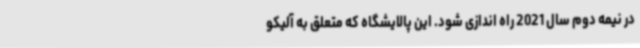
در نیمه دوم سال 2021 راه اندازی شود. این پالایشگاه که متعلق به آلیکو